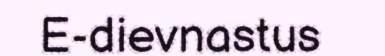
E-dievnastus